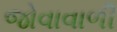
જોવાવાળી